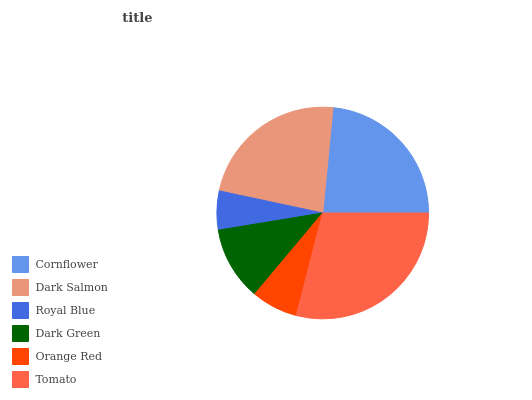
| Cornflower | Dark Salmon | Royal Blue | Dark Green | Orange Red | Tomato |
 | --- | --- | --- | --- | --- | --- |
 | 23.4% | 23.3% | 5.94% | 11.3% | 7.09% | 29% |